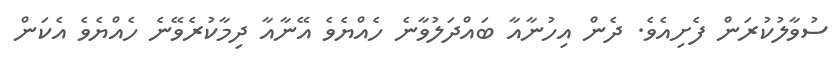
ސުވާލުކުރަން ފެށިއެވެ. ދެން އިހުނާއާ ބައްދަލުވާނެ ހެއްޔެވެ އޭނާއާ ދިމާކުރެވޭނެ ހެއްޔެވެ އެކަން